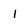
Character: I